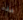
هذه